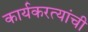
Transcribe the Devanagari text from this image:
कार्यकरत्यांची